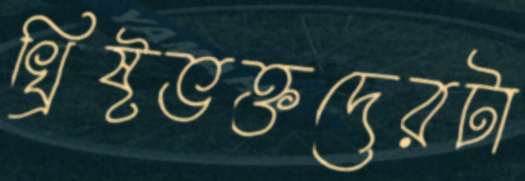
খ্রিষ্টভক্তদেরটা